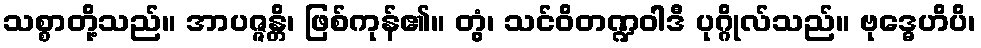
သစ္စာတို့သည်။ အာပဇ္ဇန္တိ၊ ဖြစ်ကုန်၏။ တွံ၊ သင်ဝိတဏ္ဍဝါဒီ ပုဂ္ဂိုလ်သည်။ ဗုဒ္ဓေဟိပိ၊